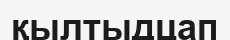
қылтыдцап